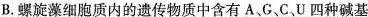
B.螺旋藻细胞质内的遗传物质中含有A、G、C、U四种碱基